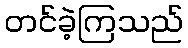
တင်ခဲ့ကြသည်